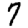
Digit: 7